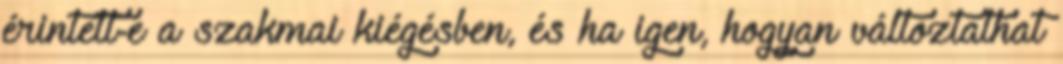
érintett-e a szakmai kiégésben, és ha igen, hogyan változtathat